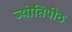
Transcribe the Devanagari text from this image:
ज्योतिपीठ